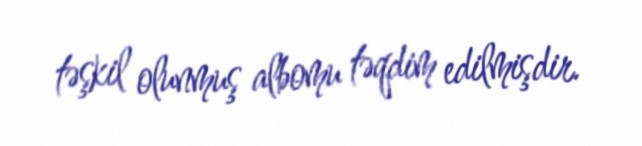
təşkil olunmuş albomu təqdim edilmişdir.